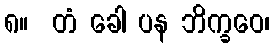
၈။  တံ ခေါ ပန ဘိက္ခဝေ၊